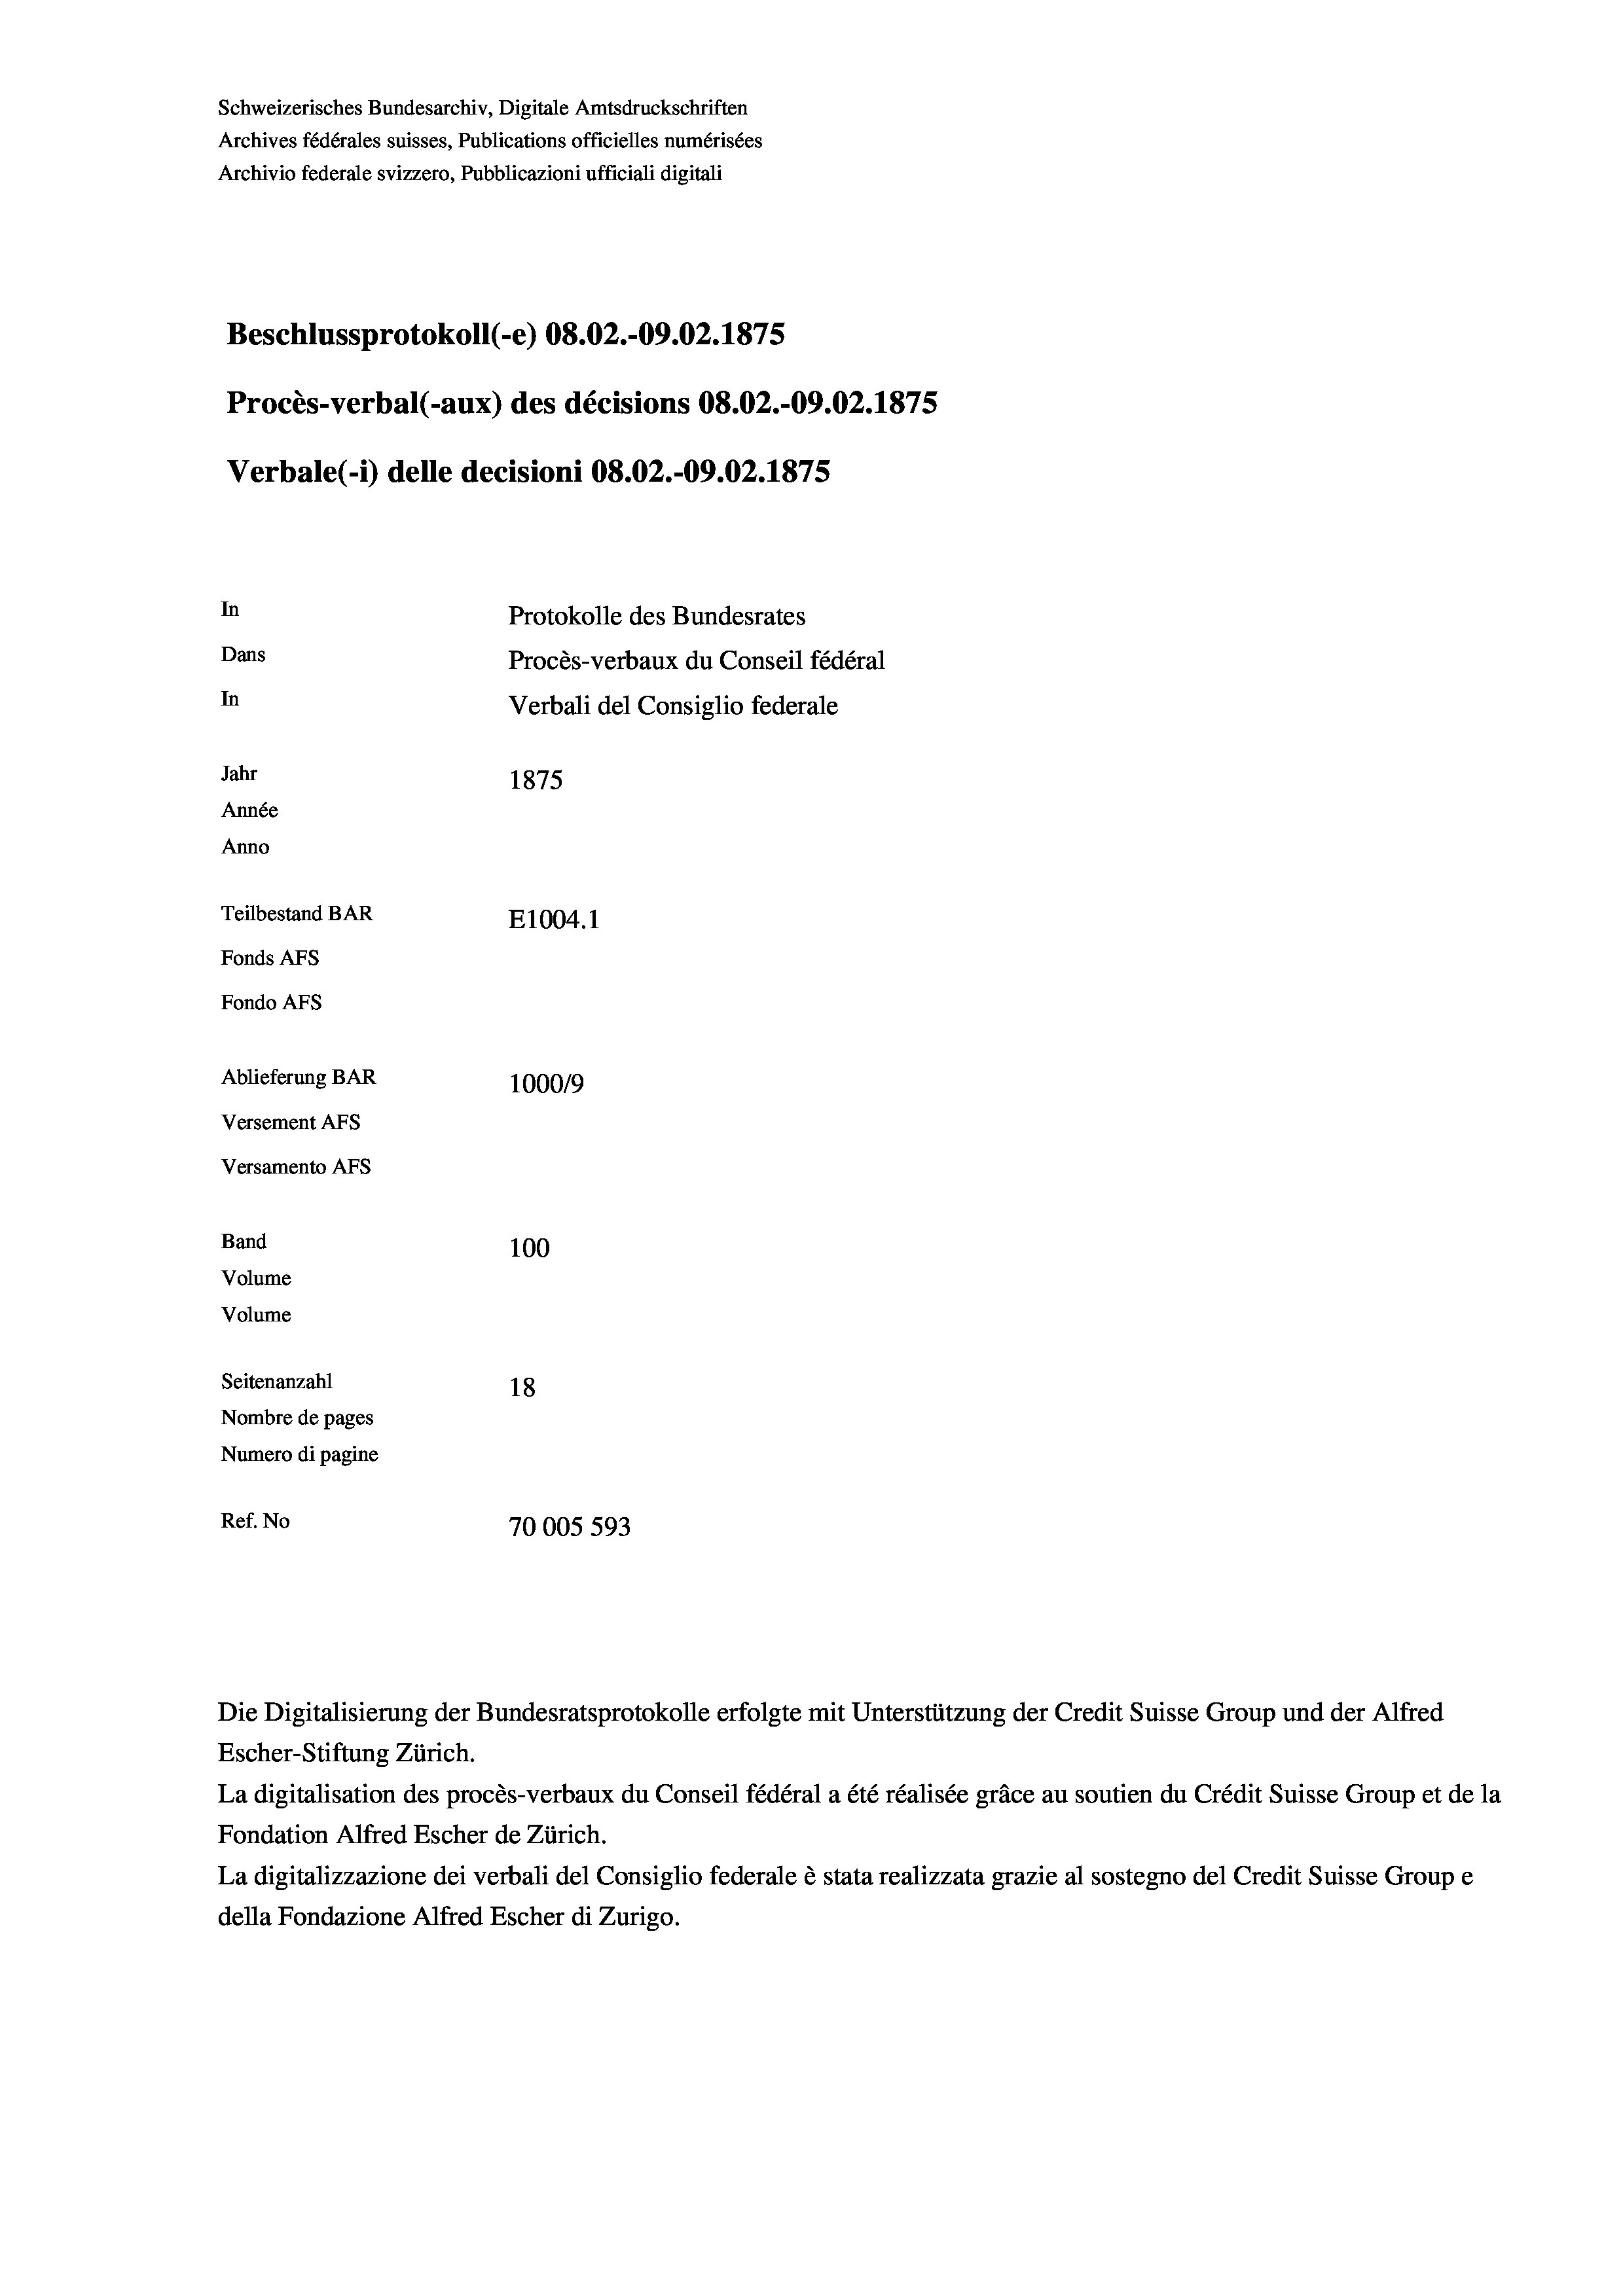
Schweizerisches Bundesarchiv, Digitale Amtsdruckschriften
Archives fédérales suisses, Publications officielles numérisées
Archivio federale svizzero, Pubblicazioni ufficiali digitali
Beschlussprotokoll (-e) 08.02.-09.02. 1875
Procès-verbal (-aux) des décisions 08.02.-09.02. 1875
Verbale (- 1) delle decisioni 08.02.-09.02. 1875
In
Protokolle des Bundesrates
Dans
Procès-verbaux du Conseil fédéral
In
Verbali del Consiglio federale
Jahr
1875
Année
Anno
Teilbestand BAR
E1004. 1
Fonds Afs
Fondo AFS
Ablieferung BAR
100019
Versement AFs
Versamento Afs
Band
100
Volume
Volume

Seitenanzahl
18
Nombre de pages
Numero di pagine
Ref. No
70005 593

Die Digitalisierung der Bundesratsprotokolle erfolgte mit Unterstützung der Credit Suisse Group und der Alfred
Escher-Stiftung Zürich.
La digitalisation des procès-verbaux du Conseil fédéral a été réalisée gräce au soutien du Crédit Suisse Group et de la
Fondation Alfred Escher de Zürich.
La digitalizzazione dei verbali del Consiglio federale è stata realizzata grazie al sostegno del Credit Suisse Groupe
della Fondazione Alfred Escher di Zurigo.